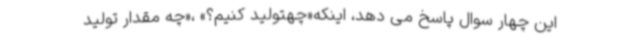
این چهار سوال پاسخ می دهد، اینکه«چهتولید کنیم؟» ،«چه مقدار تولید